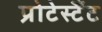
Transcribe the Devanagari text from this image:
प्रोटेस्टैँट